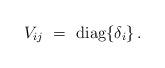
LaTeX: \begin{align*}V_{ij} ~=~ {\rm diag} \{ \delta_i \} \, .\end{align*}